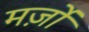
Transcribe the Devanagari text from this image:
मर्ज़ों